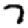
Digit: 7